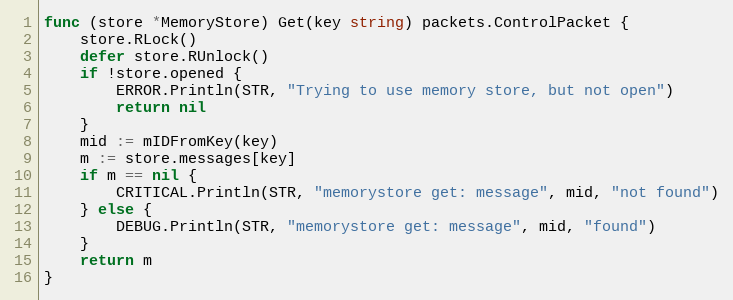
Language: Go
func (store *MemoryStore) Get(key string) packets.ControlPacket {
	store.RLock()
	defer store.RUnlock()
	if !store.opened {
		ERROR.Println(STR, "Trying to use memory store, but not open")
		return nil
	}
	mid := mIDFromKey(key)
	m := store.messages[key]
	if m == nil {
		CRITICAL.Println(STR, "memorystore get: message", mid, "not found")
	} else {
		DEBUG.Println(STR, "memorystore get: message", mid, "found")
	}
	return m
}